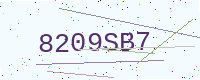
Text: 8209SB7